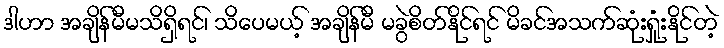
ဒါဟာ အချိန်မီမသိရှိရင်၊ သိပေမယ့် အချိန်မီ မခွဲစိတ်နိုင်ရင် မိခင်အသက်ဆုံးရှုံးနိုင်တဲ့